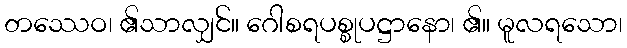
တဿေဝ၊ ၏သာလျှင်။ ဂေါစရပစ္စုပဋ္ဌာနော၊ ၏။ မူလရသော၊